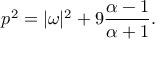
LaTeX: p ^ { 2 } = | \omega | ^ { 2 } + 9 { \frac { \alpha - 1 } { \alpha + 1 } } .